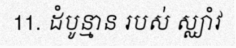
11. ដំបូន្មាន របស់ ស្ឈាំវ